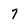
Character: 7